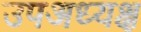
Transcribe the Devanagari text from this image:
उपअध्यक्ष